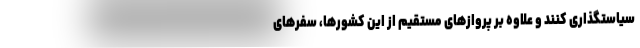
سیاستگذاری کنند و علاوه بر پروازهای مستقیم از این کشورها، سفرهای